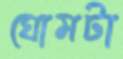
ঘোমটা